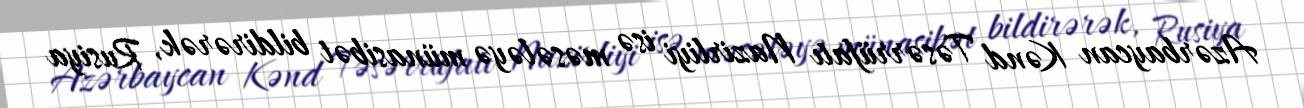
Azərbaycan Kənd Təsərrüfatı Nazirliyi isə məsələyə münasibət bildirərək, Rusiya